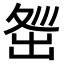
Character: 𡕜